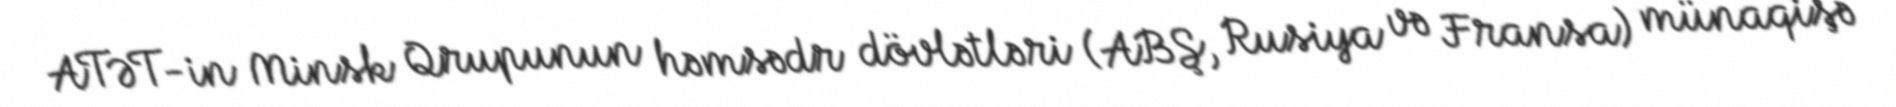
ATƏT-in Minsk Qrupunun həmsədr dövlətləri (ABŞ, Rusiya və Fransa) münaqişə